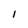
Character: l